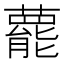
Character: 藣